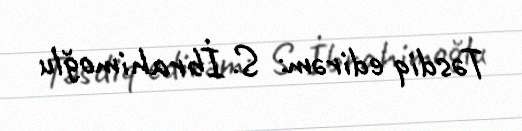
Təsdiq edirəm: S. İbrahimoğlu